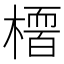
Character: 𭫻